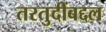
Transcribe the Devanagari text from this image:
तरतुदींबद्दल